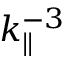
k _ { \parallel } ^ { - 3 }